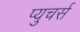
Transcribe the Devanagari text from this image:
प्युचर्स